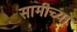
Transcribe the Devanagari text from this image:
सामीच्या